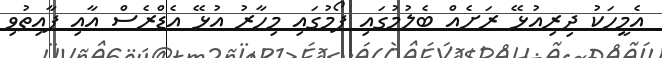
އެމީހަކު ދިރިއުޅޭ ރަށެއް ބެލުމުގައި ފޯމުގައި މިހާރު އުޅޭ އެޑްރެސް އާއި ފާއިތުވި